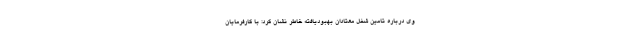
وی درباره تامین شغل معتادان بهبودیافته خاطر نشان کرد: با کارفرمایان